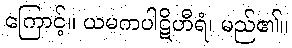
ကြောင့်။ ယမကပါဋိဟီရံ၊ မည်၏။